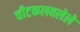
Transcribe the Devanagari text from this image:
चीटकलवलेले